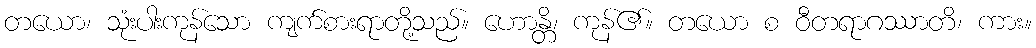
တယော၊ သုံးပါးကုန်သော ကျက်စားရာတို့သည်။ ဟောန္တိ၊ ကုန်၏။ တယော စ ဝီတရာဂဿာတိ၊ ကား။